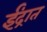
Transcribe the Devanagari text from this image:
ईंद्रात